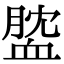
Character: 𧖺